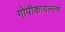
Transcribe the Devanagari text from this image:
गोपीकावल्ल्भं